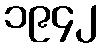
၁၉၄၂